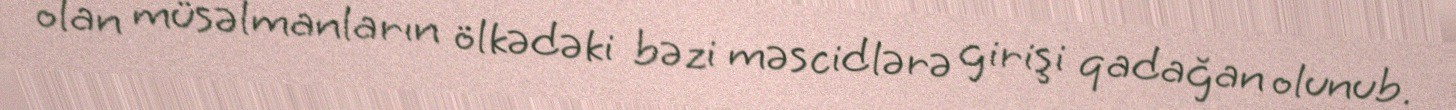
olan müsəlmanların ölkədəki bəzi məscidlərə girişi qadağan olunub.